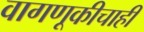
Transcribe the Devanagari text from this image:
वागणूकीचाही